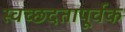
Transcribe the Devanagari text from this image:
स्वच्छदतापूर्वक